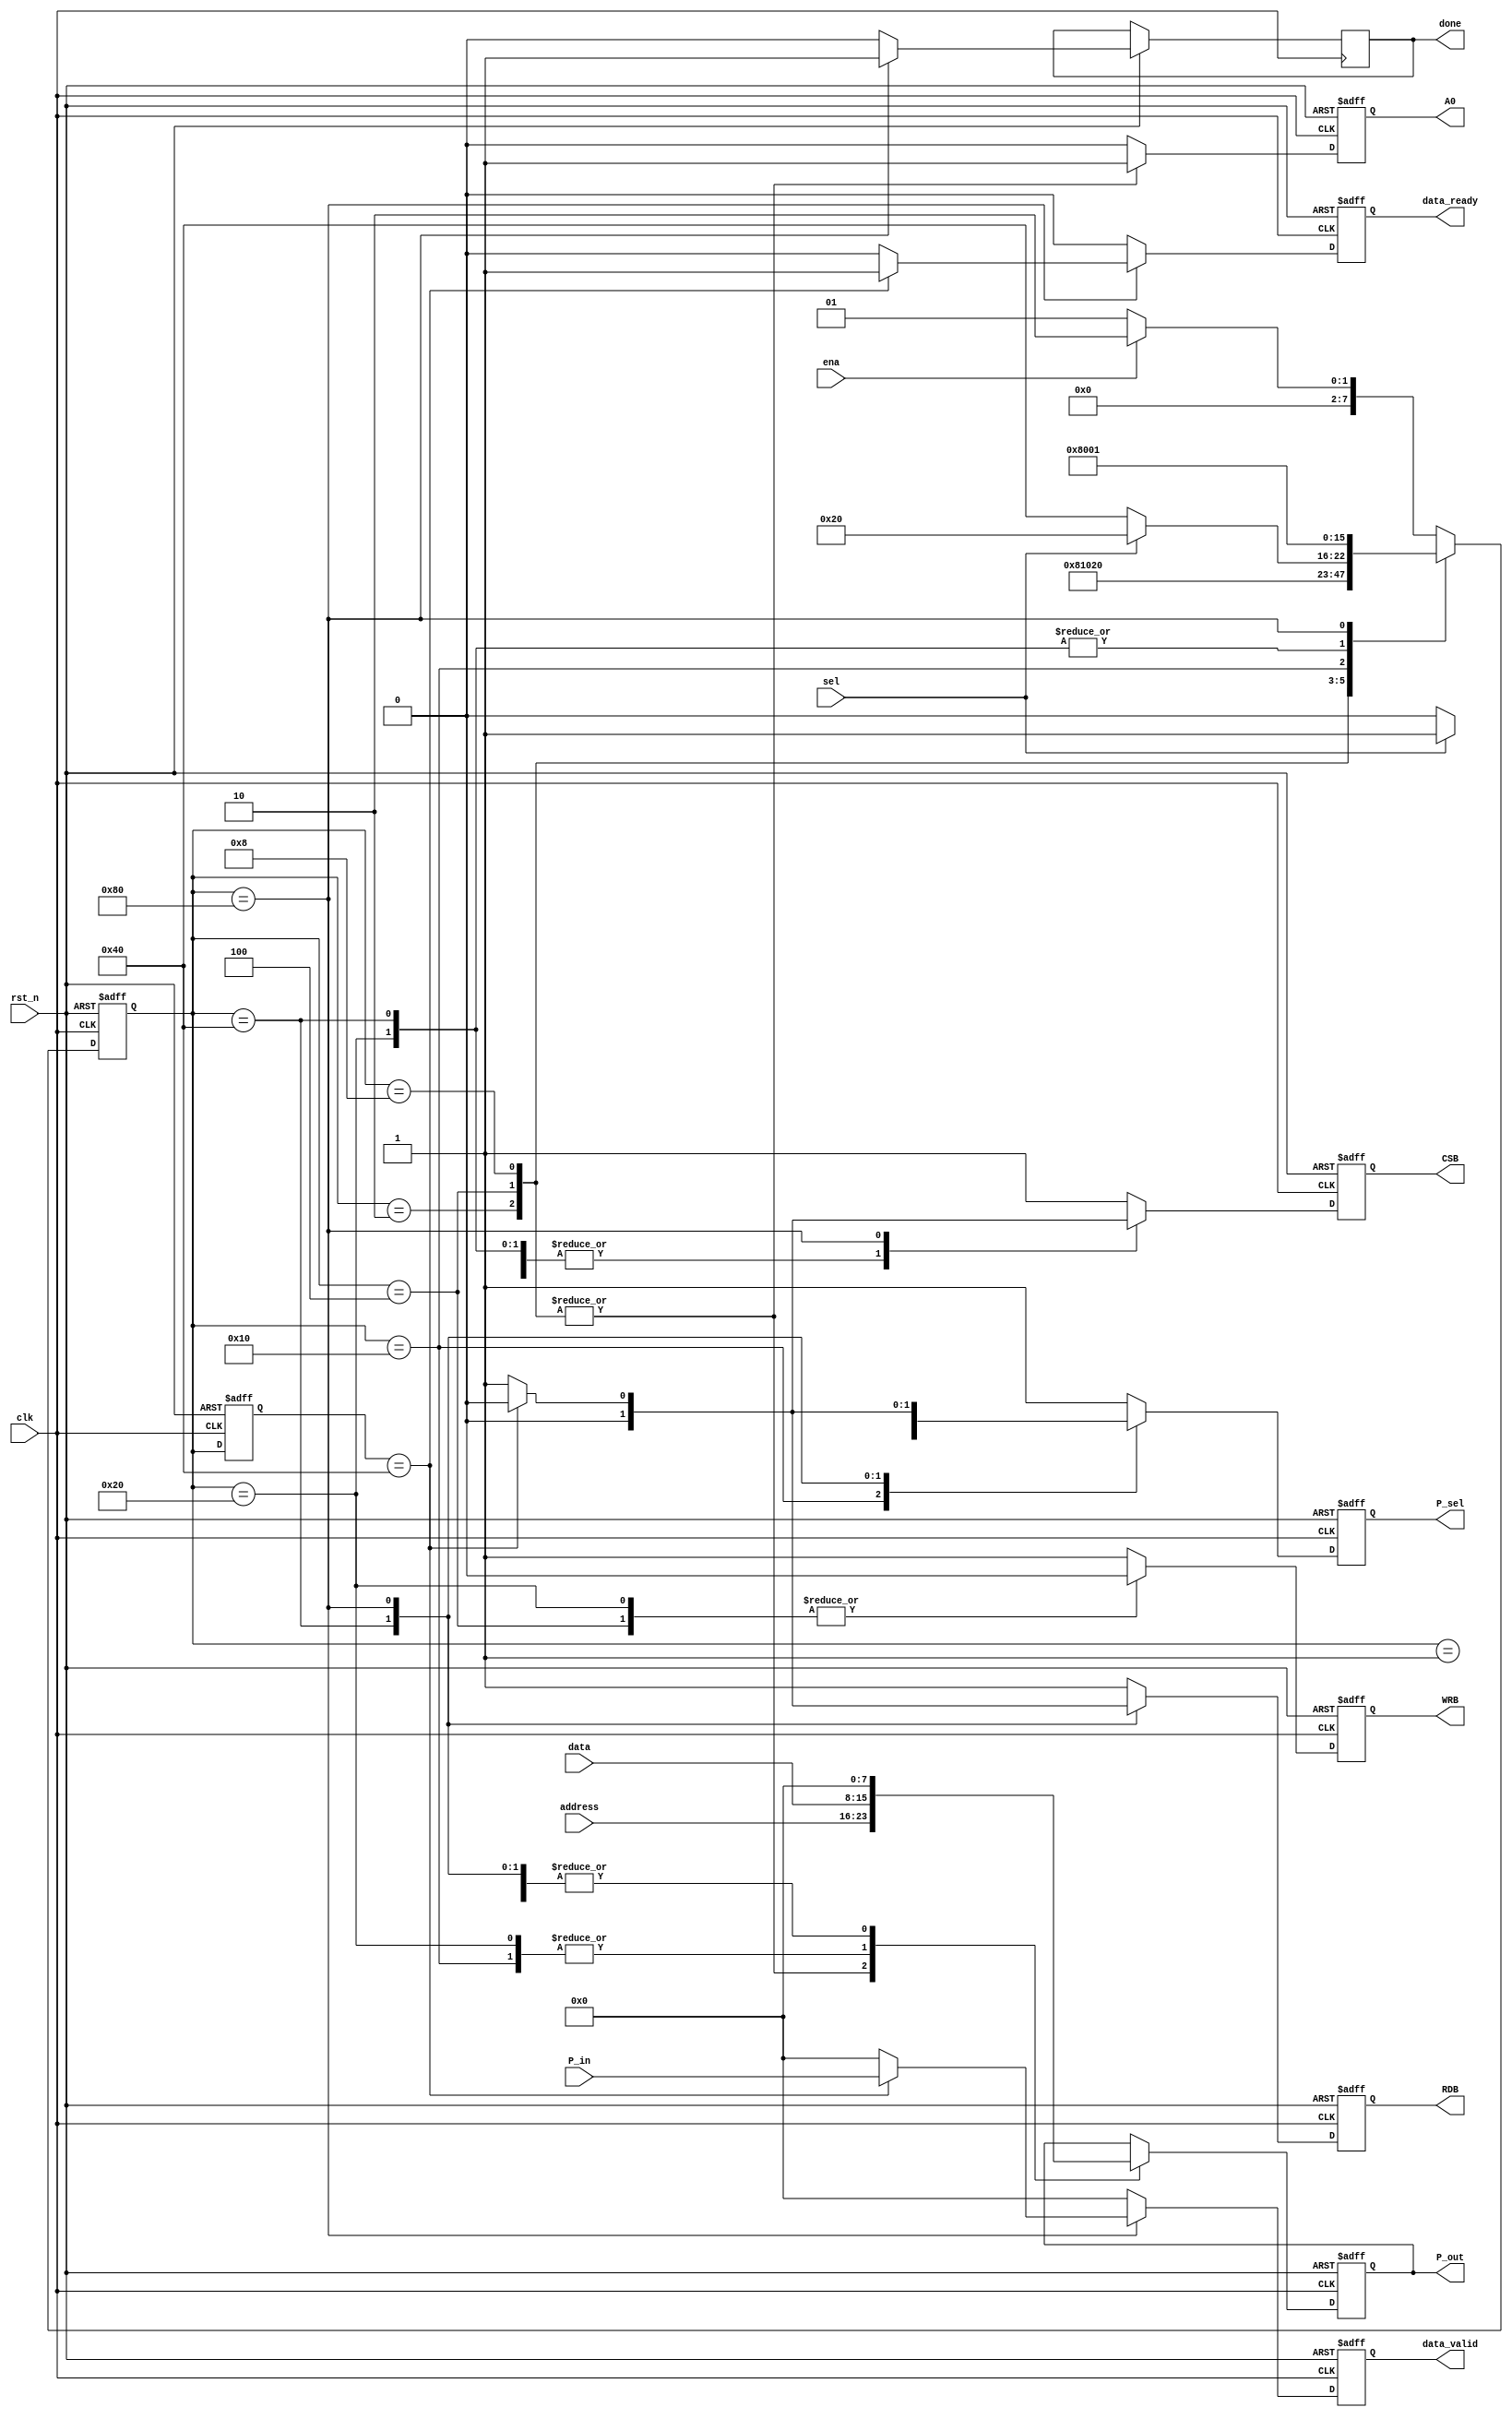
module LD3320WriteRead(
input clk,
input rst_n,
input ena,//
input sel,
input [7:0] address,
input [7:0] data,
input [7:0] P_in,
output reg P_sel,//0-in,1-out
output reg [7:0] P_out,
output reg A0,
output reg CSB,
output reg WRB,
output reg RDB,
output reg [7:0] data_valid,
output reg data_ready,
output reg done
);
parameter [7:0] Idle = 8'b00000001,
PrewriteAddress = 8'b00000010,
WriteAddress = 8'b00000100,
AddressDone = 8'b00001000,
PrepareData = 8'b00010000,
WriteData = 8'b00100000,
ReadData = 8'b01000000,
Done = 8'b10000000;
reg [7:0] previous_state, state;
reg [7:0] P_tmp;
always@(posedge clk or negedge rst_n) begin
	if(!rst_n) begin
		state <= Idle;
		previous_state <= Idle;
		P_out <= 8'h00;
		P_sel = 1'b1;
		A0 <= 1'b0;
		CSB <= 1'b1;
		WRB <= 1'b1;
		RDB <= 1'b1;
		data_valid <= 8'h00;
		data_ready <= 1'b0;
	end
	else begin
		case(state)
			Idle: begin
				state <= ena ? PrewriteAddress : Idle;
				previous_state <= state;
				A0 <= 1'b0;
				CSB <= 1'b1;
				WRB <= 1'b1;
				RDB <= 1'b1;
				P_out <= 8'h00;
				P_sel <= 1'b1;
				data_valid <= 8'h00;
				data_ready <= 1'b0;
				done <= 1'b0;
			end
			PrewriteAddress: begin
				state <= WriteAddress;
				previous_state <= state;
				A0 <= 1'b1;
				CSB <= 1'b1;
				WRB <= 1'b1;
				RDB <= 1'b1;
				P_out <= address;
				P_sel <= 1'b1;
				data_valid <= 8'h00;
				data_ready <= 1'b0;
				done <= 1'b0;
			end
			WriteAddress: begin
				state <= AddressDone;
				previous_state <= state;
				A0 <= 1'b1;
				CSB <= 1'b0;
				WRB <= 1'b0;
				RDB <= 1'b1;
				P_out <= address;
				P_sel <= 1'b1;
				data_valid <= 8'h00;
				data_ready <= 1'b0;
				done <= 1'b0;
			end
			AddressDone: begin
				state <= PrepareData;
				previous_state <= state;
				A0 <= 1'b1;
				CSB <= 1'b1;
				WRB <= 1'b1;
				RDB <= 1'b1;
				P_out <= address;
				P_sel <= 1'b1;
				data_valid <= 8'b00000000;
				data_ready <= 1'b0;
				done <= 1'b0;
			end
			PrepareData: begin
				state <= sel ? WriteData : ReadData;
				previous_state <= state;
				A0 <= 1'b0;
				CSB <= 1'b1;
				WRB <= 1'b1;
				RDB <= 1'b1;
				P_out <= data;
				P_sel <= sel ? 1'b1 : 1'b0;
				data_valid <= 8'b00000000;
				data_ready <= 1'b0;
				done <= 1'b0;
			end
			WriteData: begin
				state <= Done;
				previous_state <= state;
				A0 <= 1'b0;
				CSB <= 1'b0;
				WRB <= 1'b0;
				RDB <= 1'b1;
				P_out <= data;
				P_sel <= 1'b1;
				data_valid <= 8'b00000000;
				data_ready <= 1'b0;
				done <= 1'b0;
			end
			ReadData: begin
				state <= Done;
				previous_state <= state;
				A0 <= 1'b0;
				CSB <= 1'b0;
				WRB <= 1'b1;
				RDB <= 1'b0;
				P_out <= 8'h00;
				P_sel <= 1'b0;
				data_valid <= 8'h00;
				data_ready <= 1'b0;
				done <= 1'b0;
			end
			Done: begin
				previous_state <= state;
				state <= Idle;
				if(previous_state == ReadData) begin
					A0 <= 1'b0;
					CSB <= 1'b0;
					WRB <= 1'b1;
					RDB <= 1'b0;
					P_out <= 8'h00;
					P_sel <= 1'b0;
					data_valid <= P_in;
					data_ready <= 1'b1;
				end
				else begin
					A0 <= 1'b0;
					CSB <= 1'b1;
					WRB <= 1'b1;
					RDB <= 1'b1;
					P_out <= 8'h00;
					P_sel <= 1'b1;
					data_valid <= 8'h00;
					data_ready <= 1'b0;
				end
				done <= 1'b1;
			end
			default: begin
				state <= ena ? PrewriteAddress : Idle;
				previous_state <= state;
				A0 <= 1'b0;
				CSB <= 1'b1;
				WRB <= 1'b1;
				RDB <= 1'b1;
				P_sel <= 1'b1;
				P_tmp <= 8'h00;
				data_valid <= 8'h00;
				data_ready <= 1'b0;
				done <= 1'b0;
			end			
		endcase
	end
end
endmodule